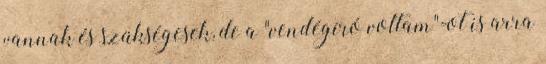
vannak és szükségesek, de a "vendégíró voltam"-ot is arra